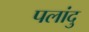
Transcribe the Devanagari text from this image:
पलांदु